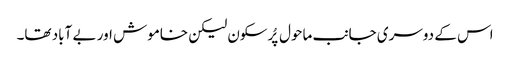
اس کے دوسری جانب ماحول پُرسکون لیکن خاموش اور بے آباد تھا۔